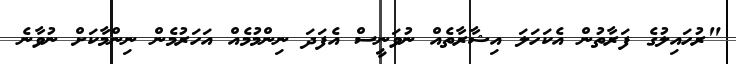
"ރުހައިލުގެ ފަރާތުން އެކަހަލަ އިޝާރާތެއް ނުވަނީސް އެފަދަ ނިންމުމެއް އަހަރުމެން ނިންމާކަށް ނުވާނެ